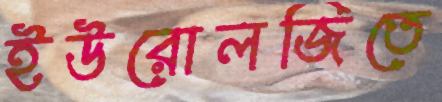
ইউরোলজিতে